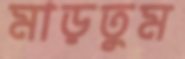
মাড়তুম